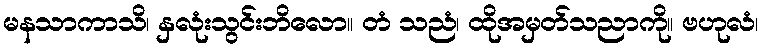
မနသာကာသိ၊ နှလုံးသွင်းဘိလော။ တံ သညံ၊ ထိုအမှတ်သညာကို။ ဗဟုလံ၊